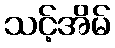
သင့်အိမ်